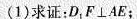
(1)求证：DF⊥AE；